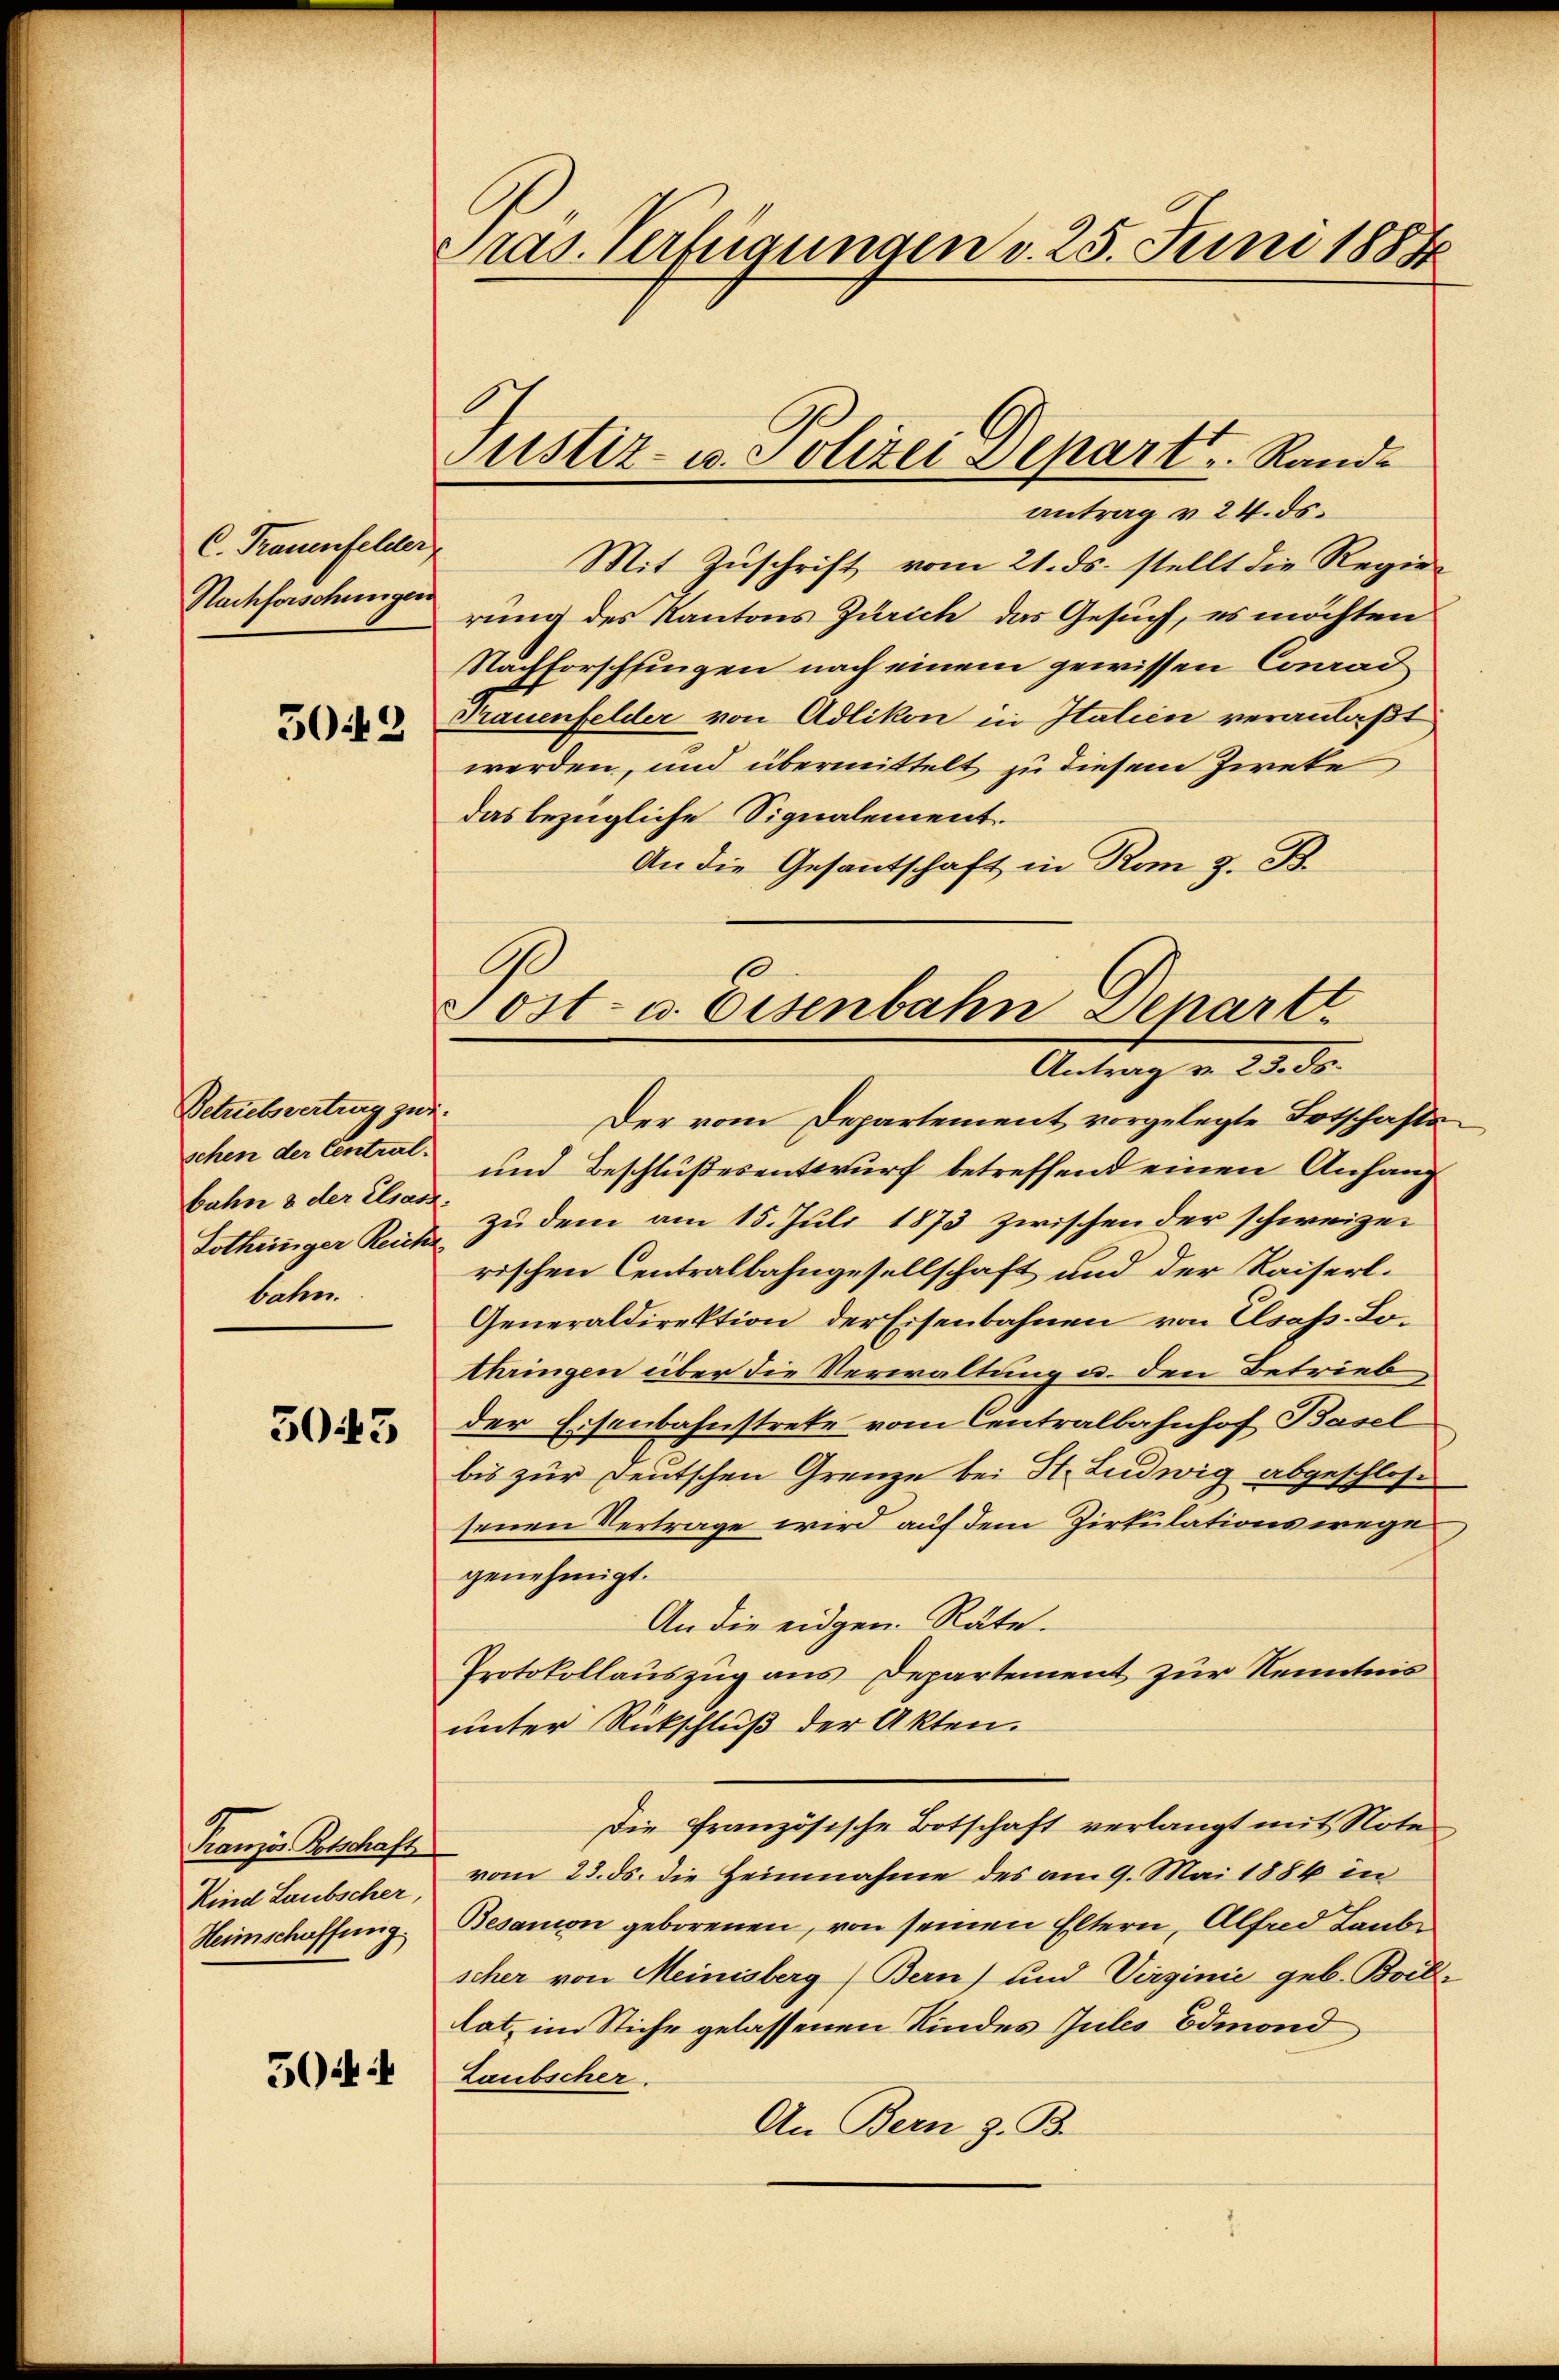
C. Frauenfelder
Nachforschungen
5042

Betriebsvertrag zur
schen der Central.
Lotheiniger Reiche
bahn.

5043

Franzis Botschaft
Kind Laubscher,
Heimschaffung.

50444

Pras. Verfügungen v. 25. Juni 1884

Justiz- u. Polizei Depart Rand¬
Antrag v. 24. ds.

Tost- u. Eisenbahn Depart
Antrag v. 23. ds.

Mit Zuschrift vom 21. ds. stellt die Regie-
rung des Kantons Zürich das Gesuch, es möchten
Nachforschfingen nach einem gewissen Conrad
Trauenfelder von Adlikon in Italien veranlaßt
werden, und übermittelt zu diesem Zweke
das bezügliche Signalement.
An die Gesantschaft in Rom z. B.
Der vom Departement vorgelegte Totschafts
und Beschlußesentwurf betreffend einen Anhang
Bahn & der elsart zu dem am 15. Juli 1873 zwischen der schweizen
rischen Centralbahngesellschaft und der Kaiserl.
Generaldirektion der Eisenbahnen von Elsass-Lohringen über die Verwaltung u. den Betrieb
der Eisenbahnstrete vom Centralbahnhof Basel
bis zur Deutschen Grenze bei St. Ludwig abgeschlose
senen Vertrage wird auf dem Zirkulationswege
genehmigt.
An die eidgen. Räte.
Protokollauszug aus Departement zur Kenntnis
unter Rückschluß der Akten.
Die Französische Botschaft verlangt mit Note
vom 23. ds. die Heinnahme des am 9. Mai 1884 in
Besanion geborenen, von seinen Eltern, Alfad Laube
scher von Meinisberg (Bern) und Virginie geb. Boil-
tat, im Stiche gelassenen Kindes Jules Edmond
Laubscher.
An Bern z. B.